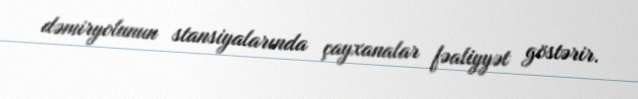
dəmiryolunun stansiyalarında çayxanalar fəaliyyət göstərir.